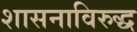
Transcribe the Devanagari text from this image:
शासनाविरुद्ध